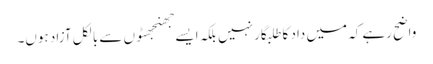
واضح رہے کہ میں داد کا طلبگار نہیں بلکہ ایسے جھنجھٹوں سے بالکل آزاد ہوں۔